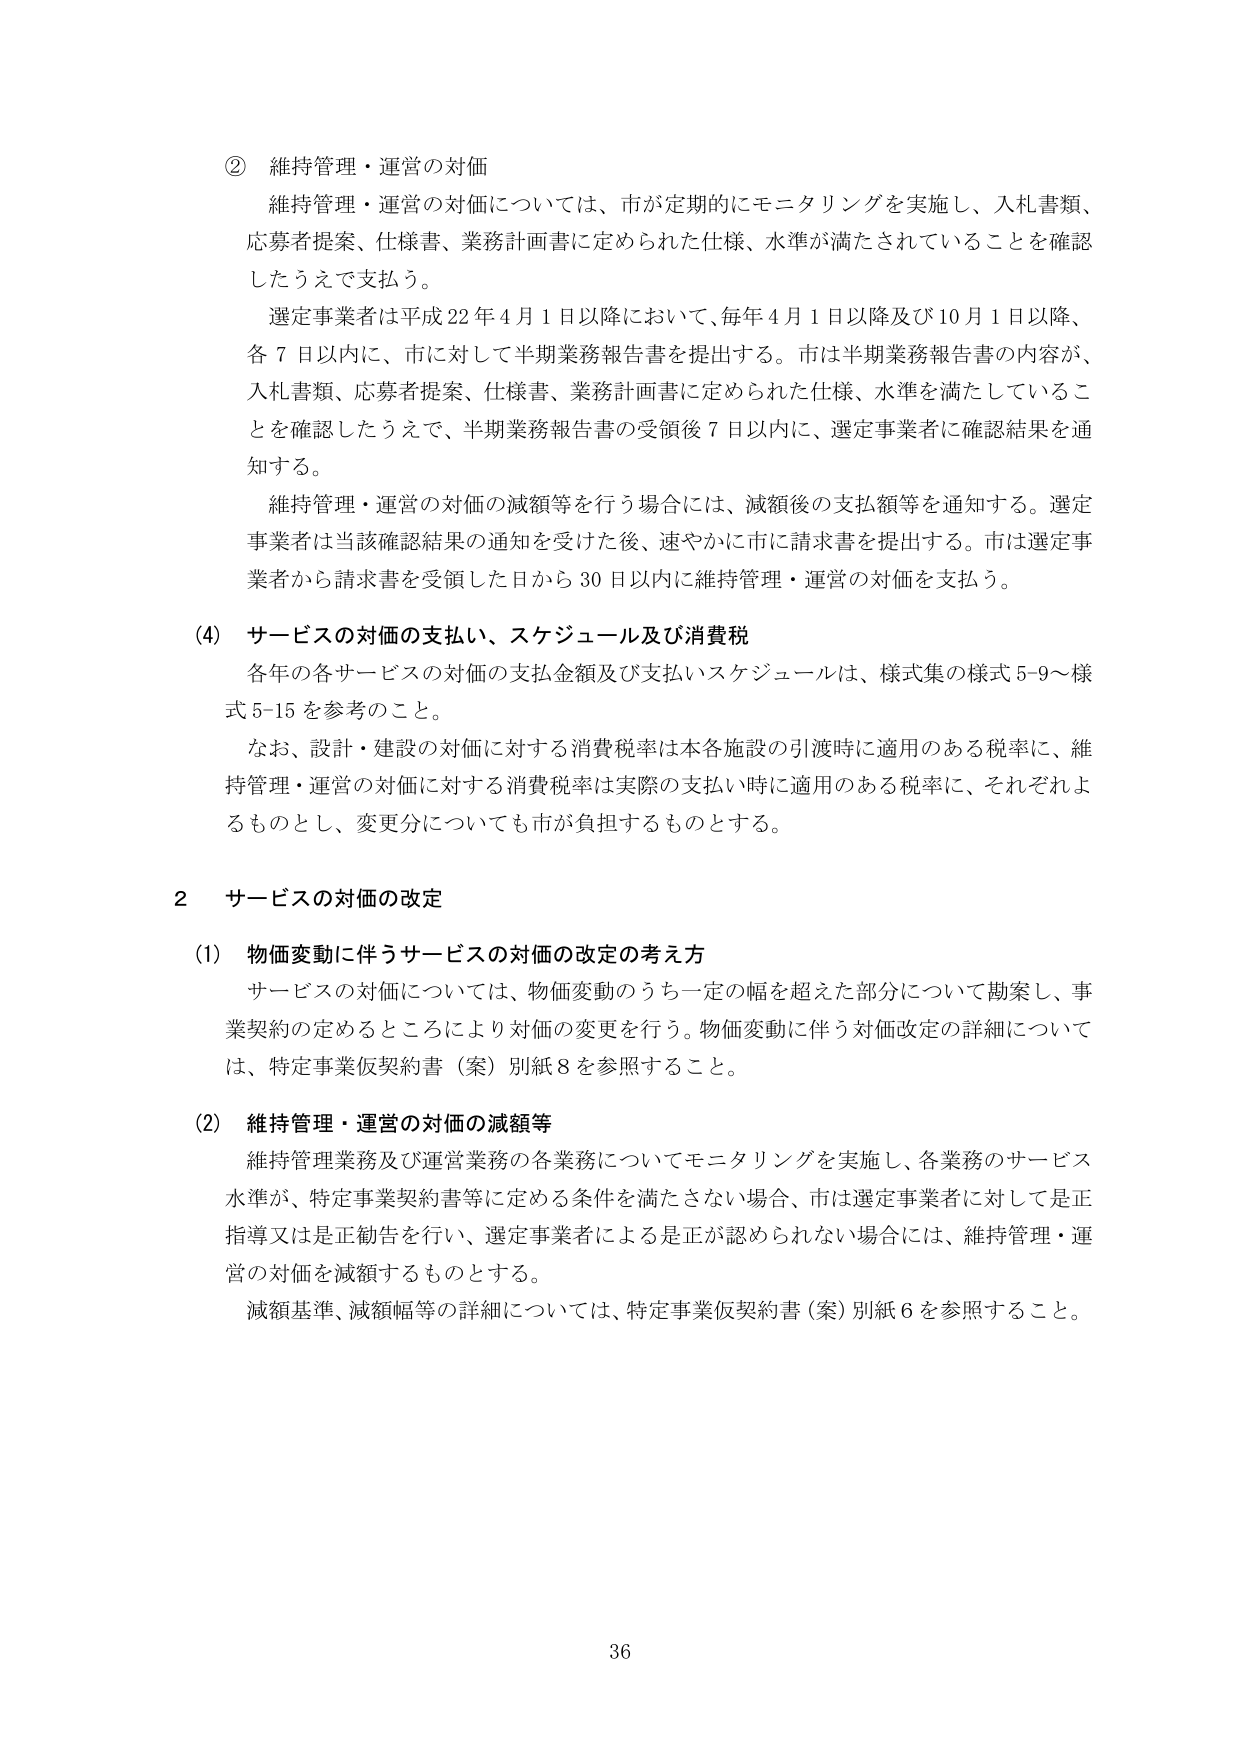
② 維持管理・運営の対価
維持管理・運営の対価については、市が定期的にモニタリングを実施し、入札書類、
応募者提案、仕様書、業務計画書に定められた仕様、水準が満たされていることを確認
したうえで支払う。
選定事業者は平成22年4月1日以降において、毎年4月1日以降及び10月1日以降、
各7日以内に、市に対して半期業務報告書を提出する。市は半期業務報告書の内容が、
入札書類、応募者提案、仕様書、業務計画書に定められた仕様、水準を満たしているこ
とを確認したうえで、半期業務報告書の受領後7日以内に、選定事業者に確認結果を通
知する。
維持管理・運営の対価の減額等を行う場合には、減額後の支払額等を通知する。選定
事業者は当該確認結果の通知を受けた後、速やかに市に請求書を提出する。市は選定事
業者から請求書を受領した日から30日以内に維持管理・運営の対価を支払う。

(4) サービスの対価の支払い、スケジュール及び消費税
各年の各サービスの対価の支払金額及び支払いスケジュールは、様式集の様式5-9～様
式5-15を参考のこと。
なお、設計・建設の対価に対する消費税率は本各施設の引渡時に適用のある税率に、維
持管理・運営の対価に対する消費税率は実際の支払い時に適用のある税率に、それぞれよ
るものとし、変更分についても市が負担するものとする。

2 サービスの対価の改定

(1) 物価変動に伴うサービスの対価の改定の考え方
サービスの対価については、物価変動のうち一定の幅を超えた部分について勘案し、事
業契約の定めるところにより対価の変更を行う。物価変動に伴う対価改定の詳細について
は、特定事業仮契約書（案）別紙8を参照すること。

(2) 維持管理・運営の対価の減額等
維持管理業務及び運営業務の各業務についてモニタリングを実施し、各業務のサービス
水準が、特定事業契約書等に定める条件を満たさない場合、市は選定事業者に対して是正
指導又は是正勧告を行い、選定事業者による是正が認められない場合には、維持管理・運
営の対価を減額するものとする。
減額基準、減額幅等の詳細については、特定事業仮契約書（案）別紙6を参照すること。

36